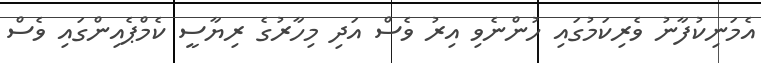
އެމަނިކުފާނު ވެރިކަމުގައި ހުންނެވި އިރު ވެސް އަދި މިހާރުގެ ރިޔާސީ ކެމްޕެއިންގައި ވެސް